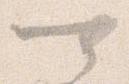
可